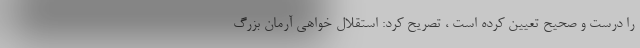
را درست و صحیح تعیین کرده است ، تصریح کرد: استقلال خواهی آرمان بزرگ